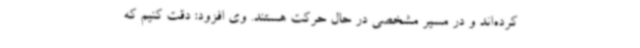
کرده‌اند و در مسیر مشخصی در حال حرکت هستند. وی افزود: دقت کنیم که